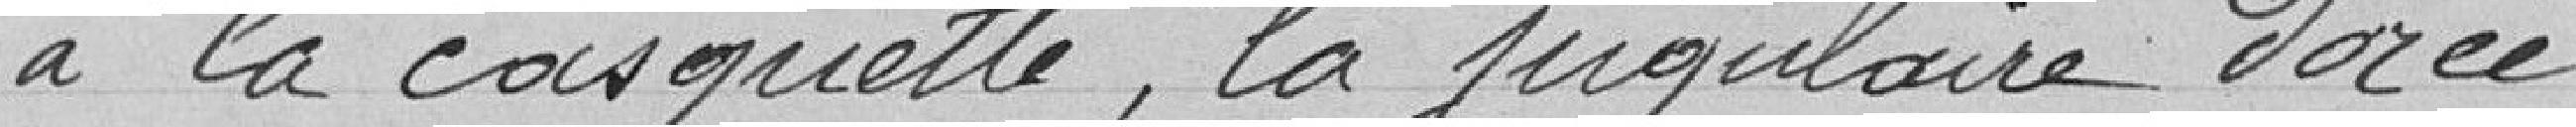
la casquette, la jugulaire dorée.